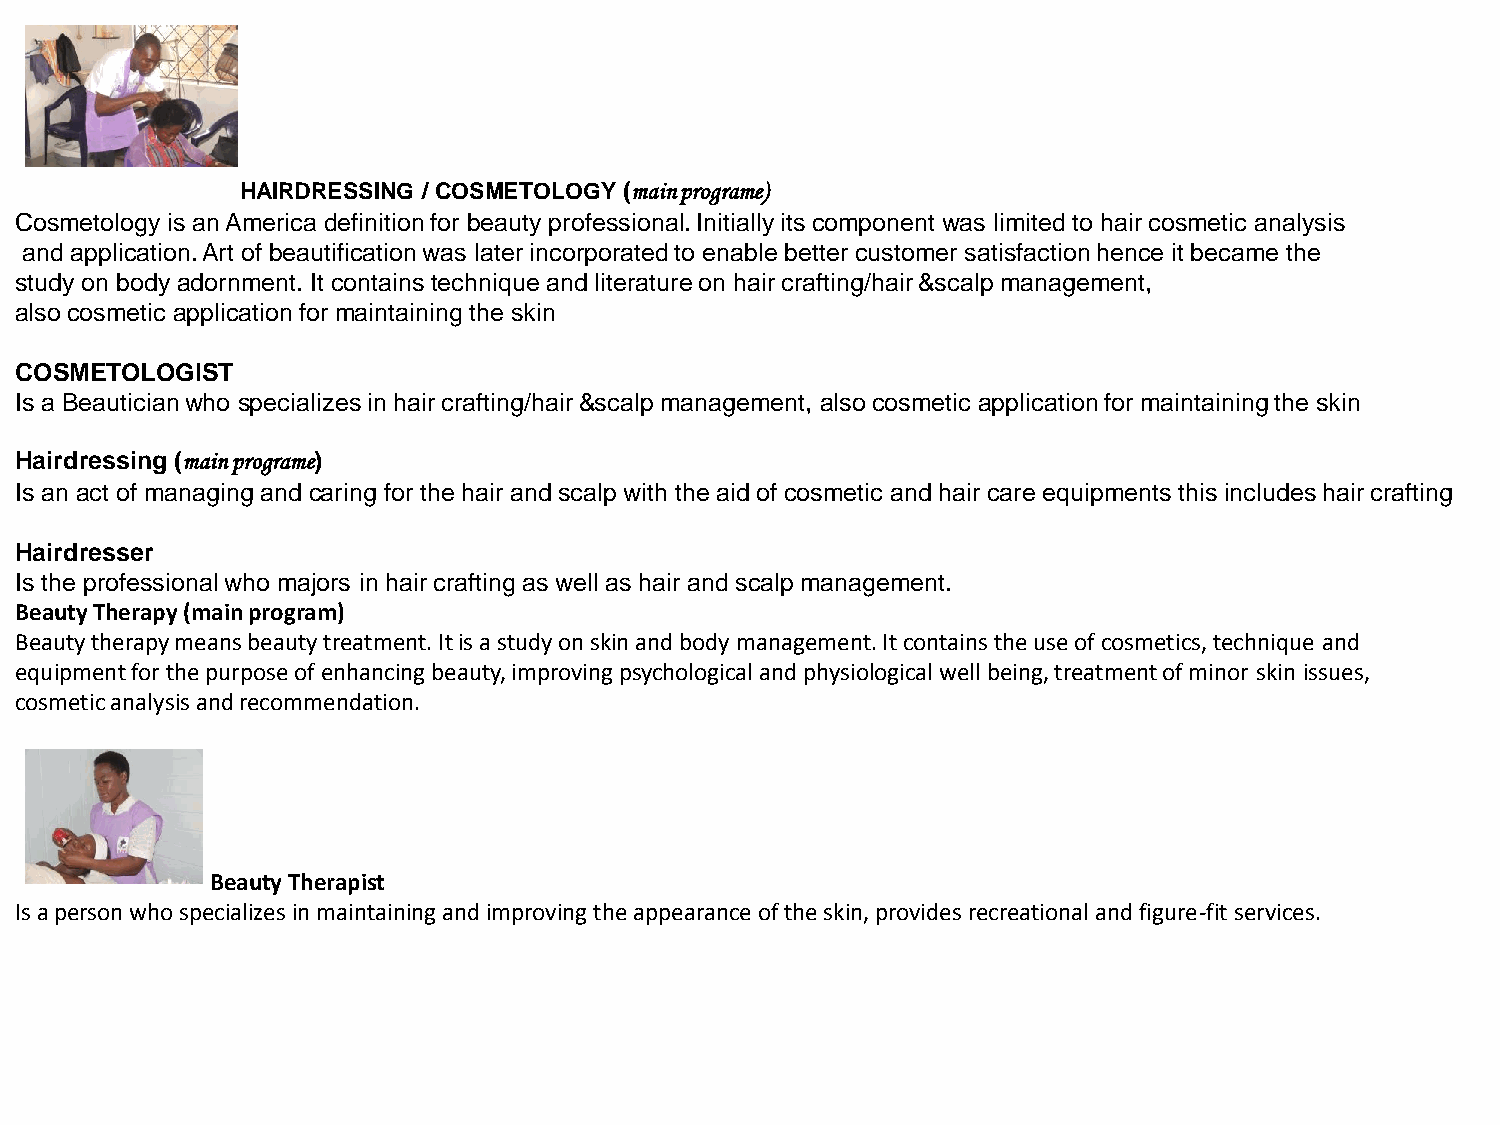
HAIRDRESSING / COSMETOLOGY (main programe)
 Cosmetology is an America definition for beauty professional. Initially its component was limited to hair cosmetic analysis
 and application. Art of beautification was later incorporated to enable better customer satisfaction hence it became the
 study on body adornment. It contains technique and literature on hair crafting/hair &scalp management,
 also cosmetic application for maintaining the skin
 COSMETOLOGIST
 Is a Beautician who specializes in hair crafting/hair &scalp management, also cosmetic application for maintaining the skin
 Hairdressing (main programe)
 Is an act of managing and caring for the hair and scalp with the aid of cosmetic and hair care equipments this includes hair crafting
 Hairdresser
 Is the professional who majors in hair crafting as well as hair and scalp management.
 Beauty Therapy (main program)
 Beauty therapy means beauty treatment. It is a study on skin and body management. It contains the use of cosmetics, technique and
 equipment for the purpose of enhancing beauty, improving psychological and physiological well being, treatment of minor skin issues,
 cosmetic analysis and recommendation.
 Beauty Therapist
 Is a person who specializes in maintaining and improving the appearance of the skin, provides recreational and figure-fit services.